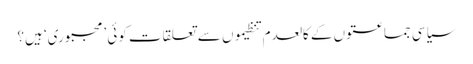
سیاسی جماعتوں کے کالعدم تنظیموں سے تعلقات کوئی ’مجبوری‘ ہیں؟